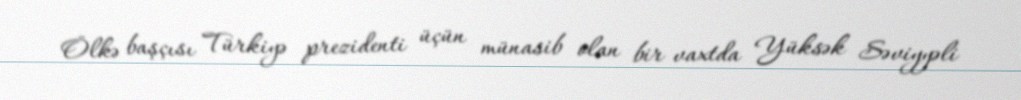
Ölkə başçısı Türkiyə prezidenti üçün münasib olan bir vaxtda Yüksək Səviyyəli